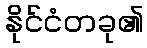
နိုင်ငံတခု၏